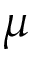
\mu